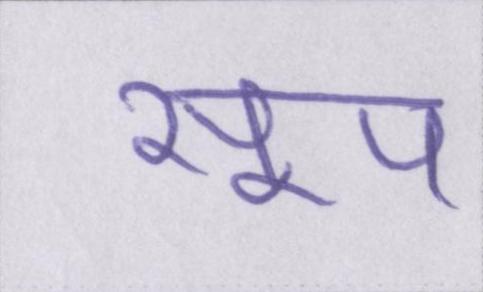
सूप